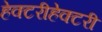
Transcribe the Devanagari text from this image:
हेक्टरीहेक्टरी